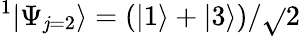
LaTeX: ^1|\Psi_{\mathit{j}=2}\rangle=(|1\rangle+|3\rangle)/\sqrt{}{{2}}